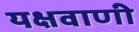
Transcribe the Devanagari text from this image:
यक्षवाणी